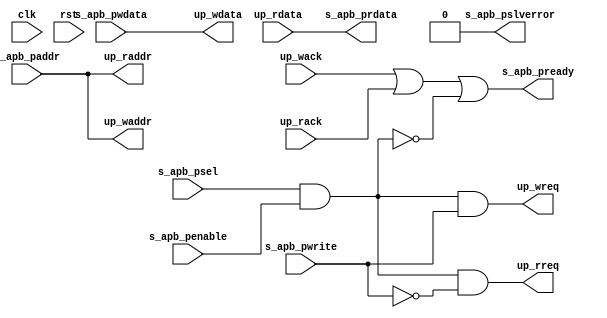
//******************************************************************************
/// @FILE    up_apb3.v
/// @AUTHOR  JAY CONVERTINO
/// @DATE    2024.03.19
/// @BRIEF   APB3 slave to uP interface
///
/// @LICENSE MIT
///  Copyright 2024 Jay Convertino
///
///  Permission is hereby granted, free of charge, to any person obtaining a copy
///  of this software and associated documentation files (the "Software"), to 
///  deal in the Software without restriction, including without limitation the
///  rights to use, copy, modify, merge, publish, distribute, sublicense, and/or 
///  sell copies of the Software, and to permit persons to whom the Software is 
///  furnished to do so, subject to the following conditions:
///
///  The above copyright notice and this permission notice shall be included in 
///  all copies or substantial portions of the Software.
///
///  THE SOFTWARE IS PROVIDED "AS IS", WITHOUT WARRANTY OF ANY KIND, EXPRESS OR 
///  IMPLIED, INCLUDING BUT NOT LIMITED TO THE WARRANTIES OF MERCHANTABILITY, 
///  FITNESS FOR A PARTICULAR PURPOSE AND NONINFRINGEMENT. IN NO EVENT SHALL THE
///  AUTHORS OR COPYRIGHT HOLDERS BE LIABLE FOR ANY CLAIM, DAMAGES OR OTHER 
///  LIABILITY, WHETHER IN AN ACTION OF CONTRACT, TORT OR OTHERWISE, ARISING 
///  FROM, OUT OF OR IN CONNECTION WITH THE SOFTWARE OR THE USE OR OTHER DEALINGS
///  IN THE SOFTWARE.
//******************************************************************************

`timescale 1ns/100ps

module up_apb3 #(
    parameter ADDRESS_WIDTH = 16,
    parameter BUS_WIDTH     = 4
  ) 
  (
    //clk reset
    input                       clk,
    input                       rst,
    //APB3
    input  [ADDRESS_WIDTH-1:0]  s_apb_paddr,
    input  [0:0]                s_apb_psel,
    input                       s_apb_penable,
    output                      s_apb_pready,
    input                       s_apb_pwrite,
    input  [BUS_WIDTH*8-1:0]    s_apb_pwdata,
    output [BUS_WIDTH*8-1:0]    s_apb_prdata,
    output                      s_apb_pslverror,
    //uP
    //read interface
    output                      up_rreq,
    input                       up_rack,
    output  [ADDRESS_WIDTH-1:0] up_raddr,
    input   [BUS_WIDTH*8-1:0]   up_rdata,
    //write interface
    output                      up_wreq,
    input                       up_wack,
    output  [ADDRESS_WIDTH-1:0] up_waddr,
    output  [BUS_WIDTH*8-1:0]   up_wdata
  );

  wire  valid;

  //this will add an extra clock cycle. since enable happens after select. both are needed to use the device.
  assign valid = s_apb_psel & s_apb_penable;

  assign s_apb_pslverror = 1'b0;

  assign up_waddr = s_apb_paddr;

  assign up_raddr = s_apb_paddr;

  assign up_wdata = s_apb_pwdata;

  assign s_apb_prdata = up_rdata;

  assign up_wreq = valid & s_apb_pwrite;

  assign up_rreq = valid & ~s_apb_pwrite;

  //diagrams seem to indicate that we should indicate ready when not sel and enable, which is why valid is complimented.
  assign s_apb_pready = up_wack | up_rack | ~valid;
endmodule